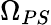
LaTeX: \Omega_{PS}